Report of the Indian Hemp Drugs Commission, 1894-1895 - Volume IV
Year: 1894
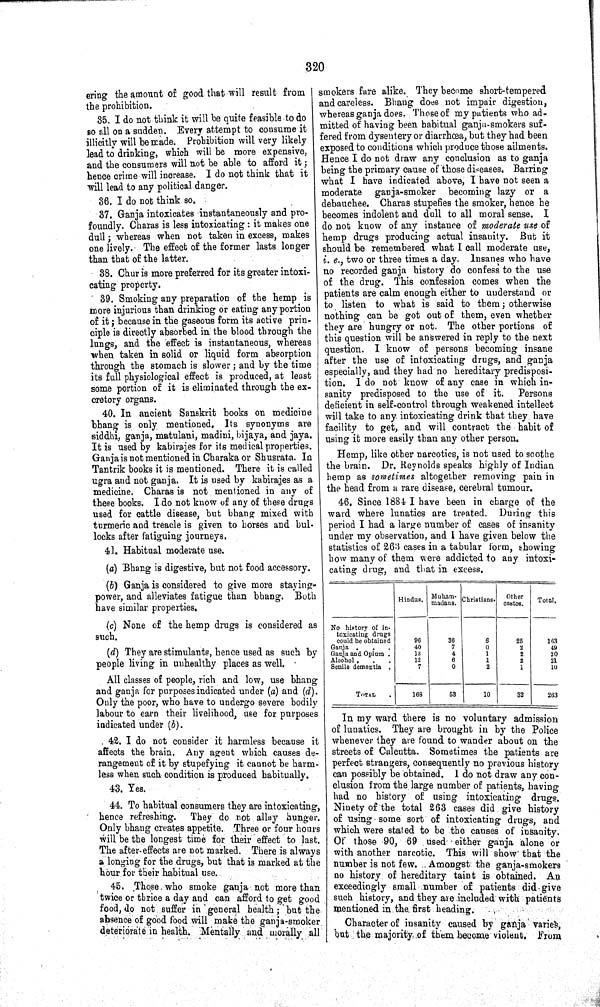
320
ering the amount of good that will result from
the prohibition.
35. I do not think it will be quite feasible to do
so all on a sudden. Every attempt to consume it
illicitly will be made. Prohibition will very likely
lead to drinking, which will be more expensive,
and the consumers will not be able to afford it;
hence crime will increase. I do not think that it
will lead to any political danger.
36. I do not think so.
37. Ganja intoxicates instantaneously and pro-
foundly. Charas is less intoxicating: it makes one
dull; whereas when not taken in excess, makes
one lively. The effect of the former lasts longer
than that of the latter.
38. Chur is more preferred for its greater intoxi-
cating property.
39. Smoking any preparation of the hemp is
more injurious than drinking or eating any portion
of it; because in the gaseous form its active prin-
ciple is directly absorbed in the blood through the
lungs, and the effect is instantaneous, whereas
when taken in solid or liquid form absorption
through the stomach is slower; and by the time
its full physiological effect is produced, at least
some portion of it is eliminated through the ex-
cretory organs.
40. In ancient Sanskrit books on medicine
bhang is only mentioned. Its synonyms are
siddhi, ganja, matulani, madini, bijaya, and jaya.
It is used by kabirajes for its medical properties.
Ganja is not mentioned in Charaka or Shusrata. In
Tantrik books it is mentioned. There it is called
ugra and not ganja. It is used by kabirajes as a
medicine. Charas is not mentioned in any of
these books. I do not know of any of these drugs
used for cattle disease, but bhang mixed with
turmeric and treacle is given to horses and bul-
locks after fatiguing journeys.
41. Habitual moderate use.
(a) Bhang is digestive, but not food accessory.
(b) Ganja is considered to give more staying-
power, and alleviates fatigue than bhang. Both
have similar properties.
(c) None of the hemp drugs is considered as
such.
(d) They are stimulants, hence used as such by
people living in unhealthy places as well.
All classes of people, rich and low, use bhang
and ganja for purposes indicated under (a) and (d).
Only the poor, who have to undergo severe bodily
labour to earn their livelihood, use for purposes
indicated under (b).
42. I do not consider it harmless because it
affects the brain. Any agent which causes de-
rangement of it by stupefying it cannot be harm-
less when such condition is produced habitually.
43. Yes.
44. To habitual consumers they are intoxicating,
hence refreshing. They do not allay hunger.
Only bhang creates appetite. Three or four hours
will be the longest time for their effect to last.
The after-effects are not marked. There is always
a longing for the drugs, but that is marked at the
hour for their habitual use.
45. Those who smoke ganja not more than
twice or thrice a day and can afford to get good
food, do not suffer in general health; but the
absence of good food will make the ganja-smoker
deteriorate in health. Mentally and morally all
smokers fare alike. They become short-tempered
and careless. Bhang does not impair digestion,
whereas ganja does. Those of my patients who ad-
mitted of having been habitual ganja-smokers suf-
fered from dysentery or diarrhœa, but they had been
exposed to conditions which produce those ailments.
Hence I do not draw any conclusion as to ganja
being the primary cause of those diseases. Barring
what I have indicated above, I have not seen a
moderate ganja-smoker becoming lazy or a
debauchee. Charas stupefies the smoker, hence he
becomes indolent and dull to all moral sense. I
do not know of any instance of moderate use of
hemp drugs producing actual insanity. But it
should be remembered what I call moderate use,
i. e., two or three times a day. Insanes who have
no recorded ganja history do confess to the use
of the drug. This confession comes when the
patients are calm enough either to understand or
to listen to what is said to them; otherwise
nothing can be got out of them, even whether
they are hungry or not. The other portions of
this question will be answered in reply to the next
question. I know of persons becoming insane
after the use of intoxicating drugs, and ganja
especially, and they had no hereditary predisposi-
tion. I do not know of any case in which in-
sanity predisposed to the use of it.
Persons
deficient in self-control through weakened intellect
will take to any intoxicating drink that they have
facility to get, and will contract the habit of
using it more easily than any other person.
Hemp, like other narcotics, is not used to soothe
the brain. Dr. Reynolds speaks highly of Indian
hemp as sometimes altogether removing pain in
the head from a rare disease, cerebral tumour.
46. Since 1884 I have been in charge of the
ward where lunatics are treated. During this
period I had a large number of cases of insanity
under my observation, and I have given below the
statistics of 263 cases in a tabular form, showing
how many of them were addicted to any intoxi-
cating drug, and that in excess.
Hindus
Muham-
madans
Christians
Other
castes
Total
No history of In-
toxicating drugs
could be obtained
96
36
6
25
163
Ganja
40
7
0
2
49
Ganja and Opium
13
4
1
2
20
Alcohol
12
6
1
2
21
Senile dementia
7
0
2
1
10
TOTAL
168
53
10
32
263
In my ward there is no voluntary admission
of lunatics. They are brought in by the Police
whenever they are found to wander about on the
streets of Calcutta. Sometimes the patients are
perfect strangers, consequently no previous history
can possibly be obtained. I do not draw any con-
clusion from the large number of patients, having
had no history of using intoxicating drugs.
Ninety of the total 263 cases did give history
of using some sort of intoxicating drugs, and
which were stated to be the causes of insanity.
Of those 90, 69 used either ganja alone or
with another narcotic. This will show that the
number is not few. Amongst the ganja-smokers
no history of hereditary taint is obtained. An
exceedingly small number of patients did give
such history, and they are included with patients
mentioned in the first heading.
Character of insanity caused by ganja varies,
but the majority of them become violent. From